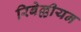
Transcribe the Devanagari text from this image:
रिबेल्लीयन